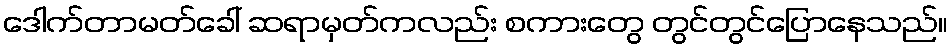
ဒေါက်တာမတ်ခေါ် ဆရာမှတ်ကလည်း စကားတွေ တွင်တွင်ပြောနေသည်။